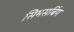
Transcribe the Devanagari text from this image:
सिमसबिंग